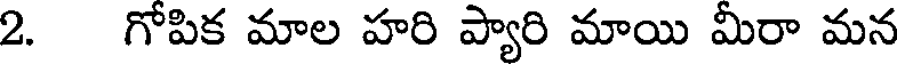
2. గోపిక మాల హరి ప్యారి మాయి మీరా మన